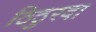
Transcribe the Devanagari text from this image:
ठिठुरवा